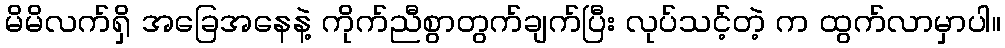
မိမိလက်ရှိ အခြေအနေနဲ့ ကိုက်ညီစွာတွက်ချက်ပြီး လုပ်သင့်တဲ့ က ထွက်လာမှာပါ။